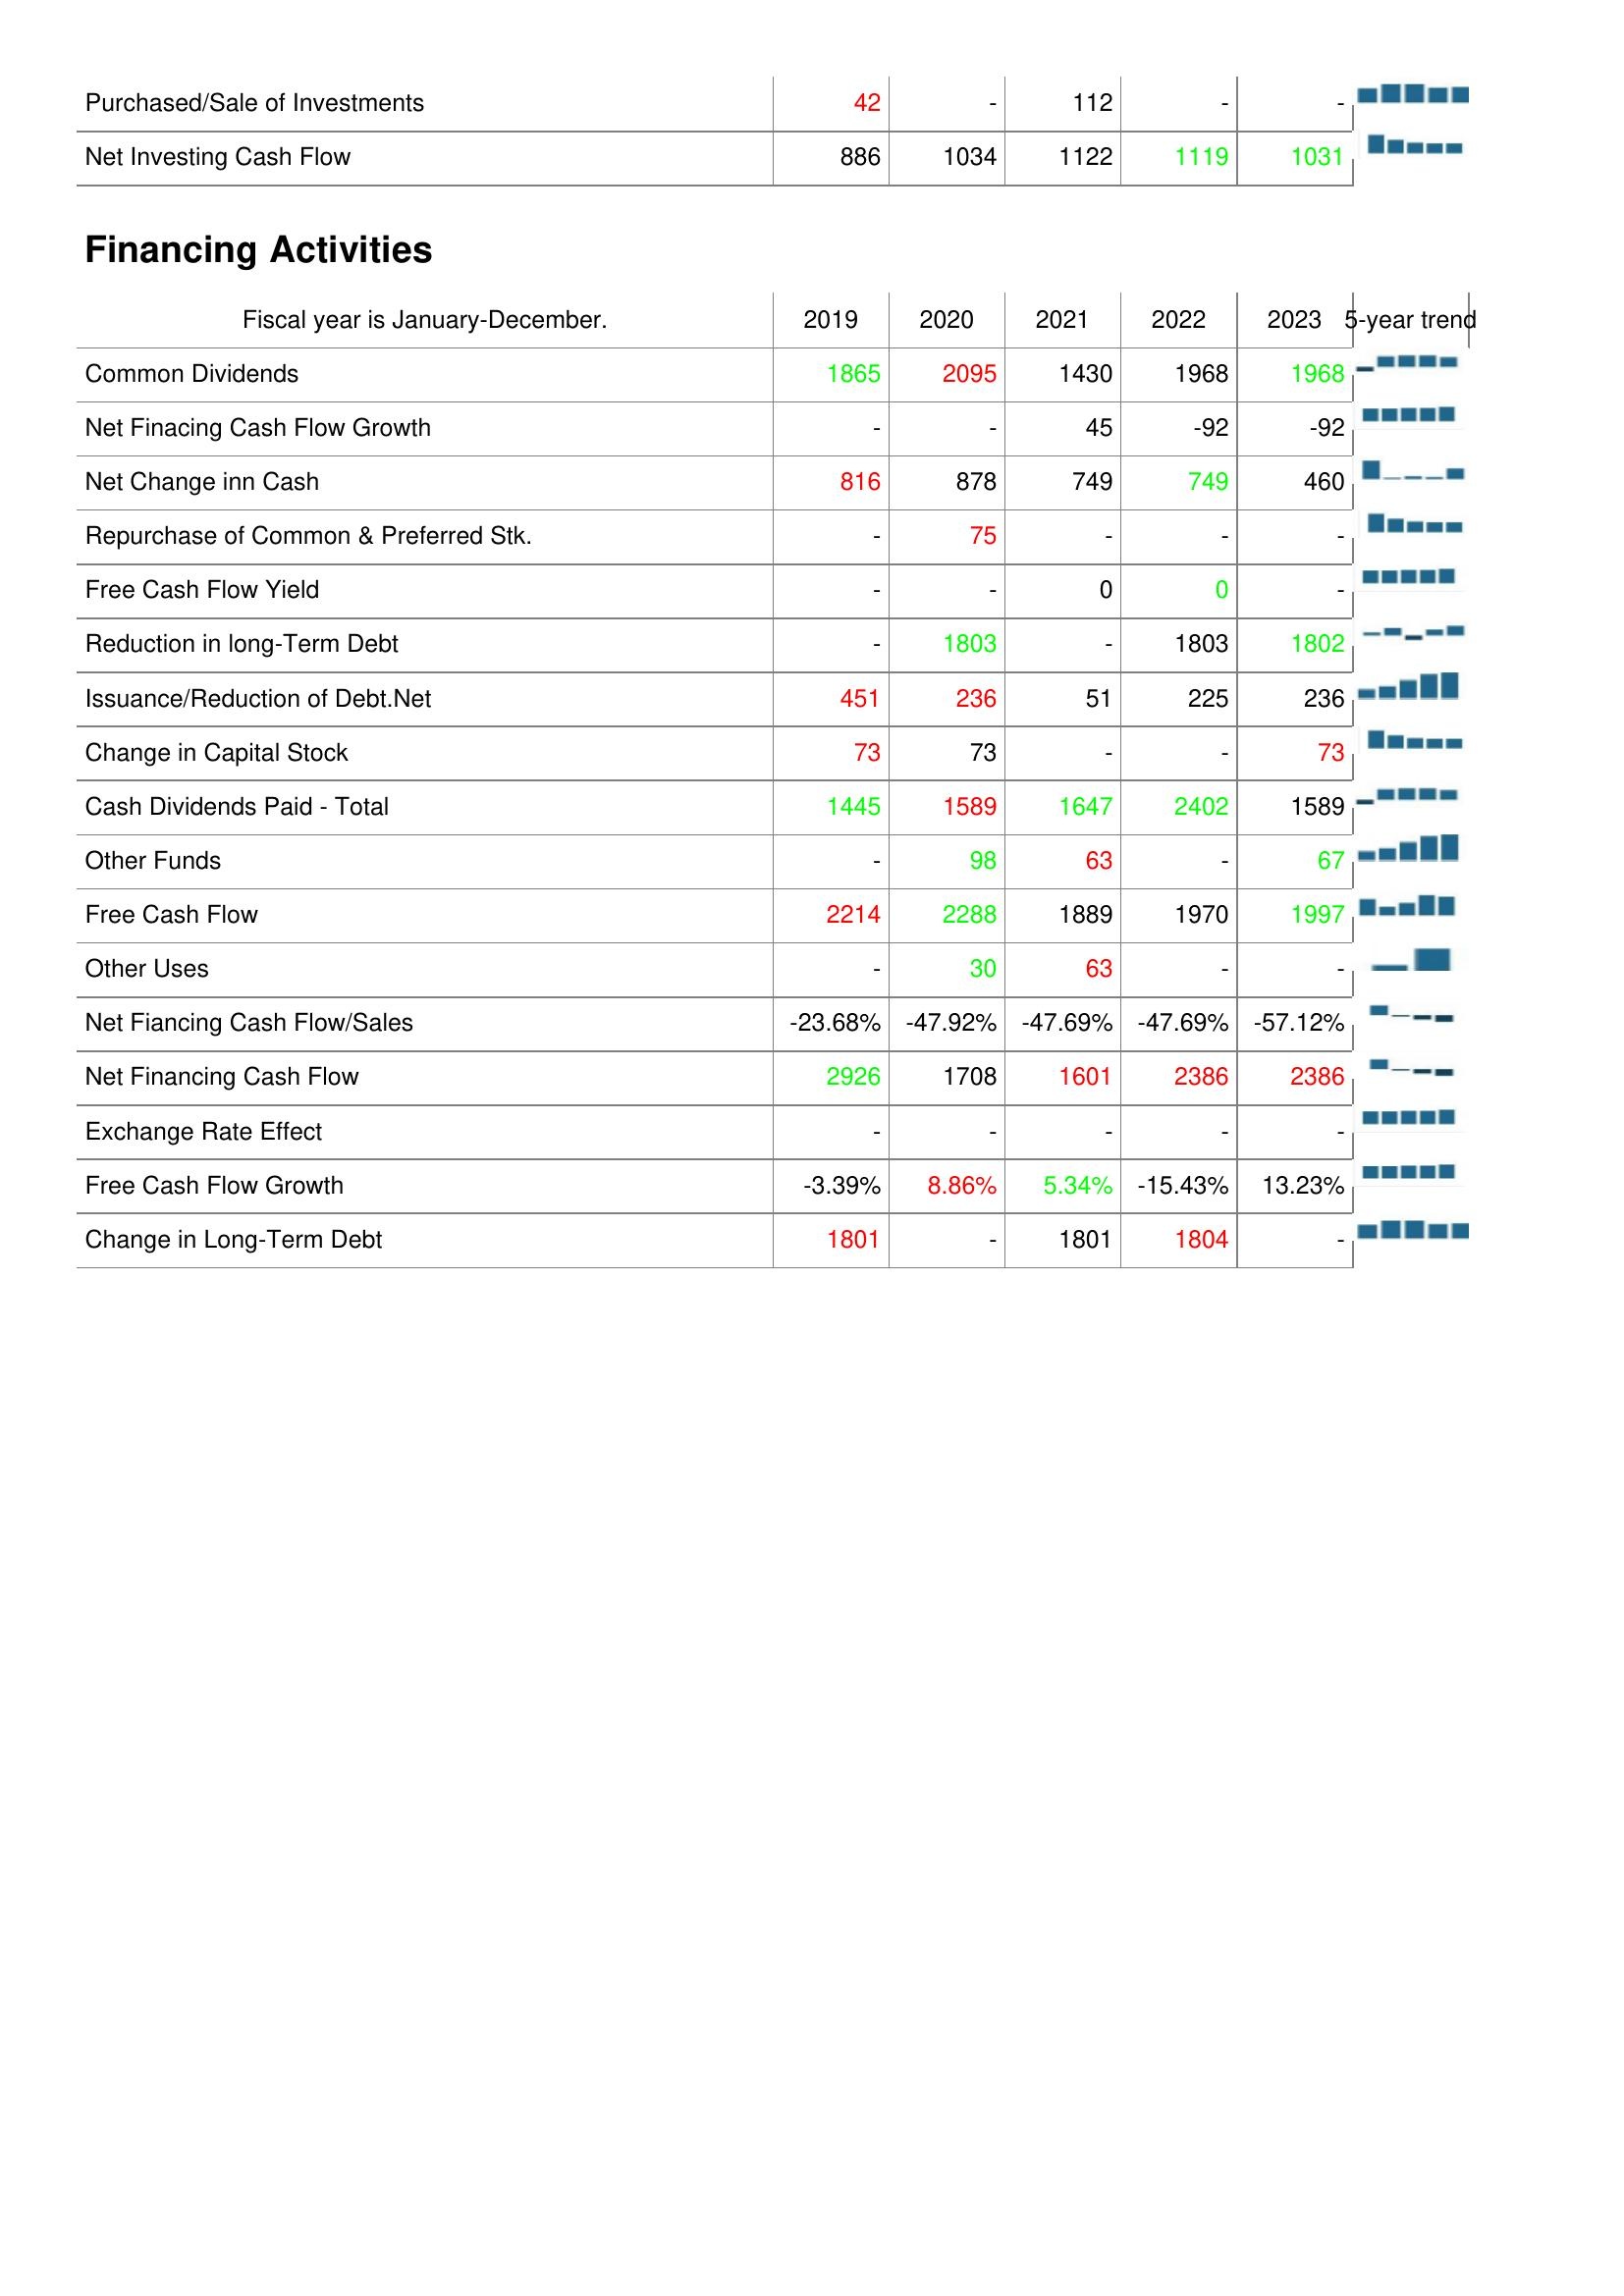
2019: Investing Activities: Purchased/Sale of Investments: 42
Net Investing Cash Flow: 886
Financing Activities: Common Dividends: 1865
Net Finacing Cash Flow Growth: -
Net Change inn Cash: 816
Repurchase of Common & Preferred Stk.: -
Free Cash Flow Yield: -
Reduction in long-Term Debt: -
Issuance/Reduction of Debt.Net: 451
Change in Capital Stock: 73
Cash Dividends Paid - Total: 1445
Other Funds: -
Free Cash Flow: 2214
Other Uses: -
Net Fiancing Cash Flow/Sales: -23.68%
Net Financing Cash Flow: 2926
Exchange Rate Effect: -
Free Cash Flow Growth: -3.39%
Change in Long-Term Debt: 1801
2020: Investing Activities: Purchased/Sale of Investments: -
Net Investing Cash Flow: 1034
Financing Activities: Common Dividends: 2095
Net Finacing Cash Flow Growth: -
Net Change inn Cash: 878
Repurchase of Common & Preferred Stk.: 75
Free Cash Flow Yield: -
Reduction in long-Term Debt: 1803
Issuance/Reduction of Debt.Net: 236
Change in Capital Stock: 73
Cash Dividends Paid - Total: 1589
Other Funds: 98
Free Cash Flow: 2288
Other Uses: 30
Net Fiancing Cash Flow/Sales: -47.92%
Net Financing Cash Flow: 1708
Exchange Rate Effect: -
Free Cash Flow Growth: 8.86%
Change in Long-Term Debt: -
2021: Investing Activities: Purchased/Sale of Investments: 112
Net Investing Cash Flow: 1122
Financing Activities: Common Dividends: 1430
Net Finacing Cash Flow Growth: 45
Net Change inn Cash: 749
Repurchase of Common & Preferred Stk.: -
Free Cash Flow Yield: 0
Reduction in long-Term Debt: -
Issuance/Reduction of Debt.Net: 51
Change in Capital Stock: -
Cash Dividends Paid - Total: 1647
Other Funds: 63
Free Cash Flow: 1889
Other Uses: 63
Net Fiancing Cash Flow/Sales: -47.69%
Net Financing Cash Flow: 1601
Exchange Rate Effect: -
Free Cash Flow Growth: 5.34%
Change in Long-Term Debt: 1801
2022: Investing Activities: Purchased/Sale of Investments: -
Net Investing Cash Flow: 1119
Financing Activities: Common Dividends: 1968
Net Finacing Cash Flow Growth: -92
Net Change inn Cash: 749
Repurchase of Common & Preferred Stk.: -
Free Cash Flow Yield: 0
Reduction in long-Term Debt: 1803
Issuance/Reduction of Debt.Net: 225
Change in Capital Stock: -
Cash Dividends Paid - Total: 2402
Other Funds: -
Free Cash Flow: 1970
Other Uses: -
Net Fiancing Cash Flow/Sales: -47.69%
Net Financing Cash Flow: 2386
Exchange Rate Effect: -
Free Cash Flow Growth: -15.43%
Change in Long-Term Debt: 1804
2023: Investing Activities: Purchased/Sale of Investments: -
Net Investing Cash Flow: 1031
Financing Activities: Common Dividends: 1968
Net Finacing Cash Flow Growth: -92
Net Change inn Cash: 460
Repurchase of Common & Preferred Stk.: -
Free Cash Flow Yield: -
Reduction in long-Term Debt: 1802
Issuance/Reduction of Debt.Net: 236
Change in Capital Stock: 73
Cash Dividends Paid - Total: 1589
Other Funds: 67
Free Cash Flow: 1997
Other Uses: -
Net Fiancing Cash Flow/Sales: -57.12%
Net Financing Cash Flow: 2386
Exchange Rate Effect: -
Free Cash Flow Growth: 13.23%
Change in Long-Term Debt: -